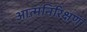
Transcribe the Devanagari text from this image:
आत्मनिरिक्षण